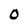
Character: O